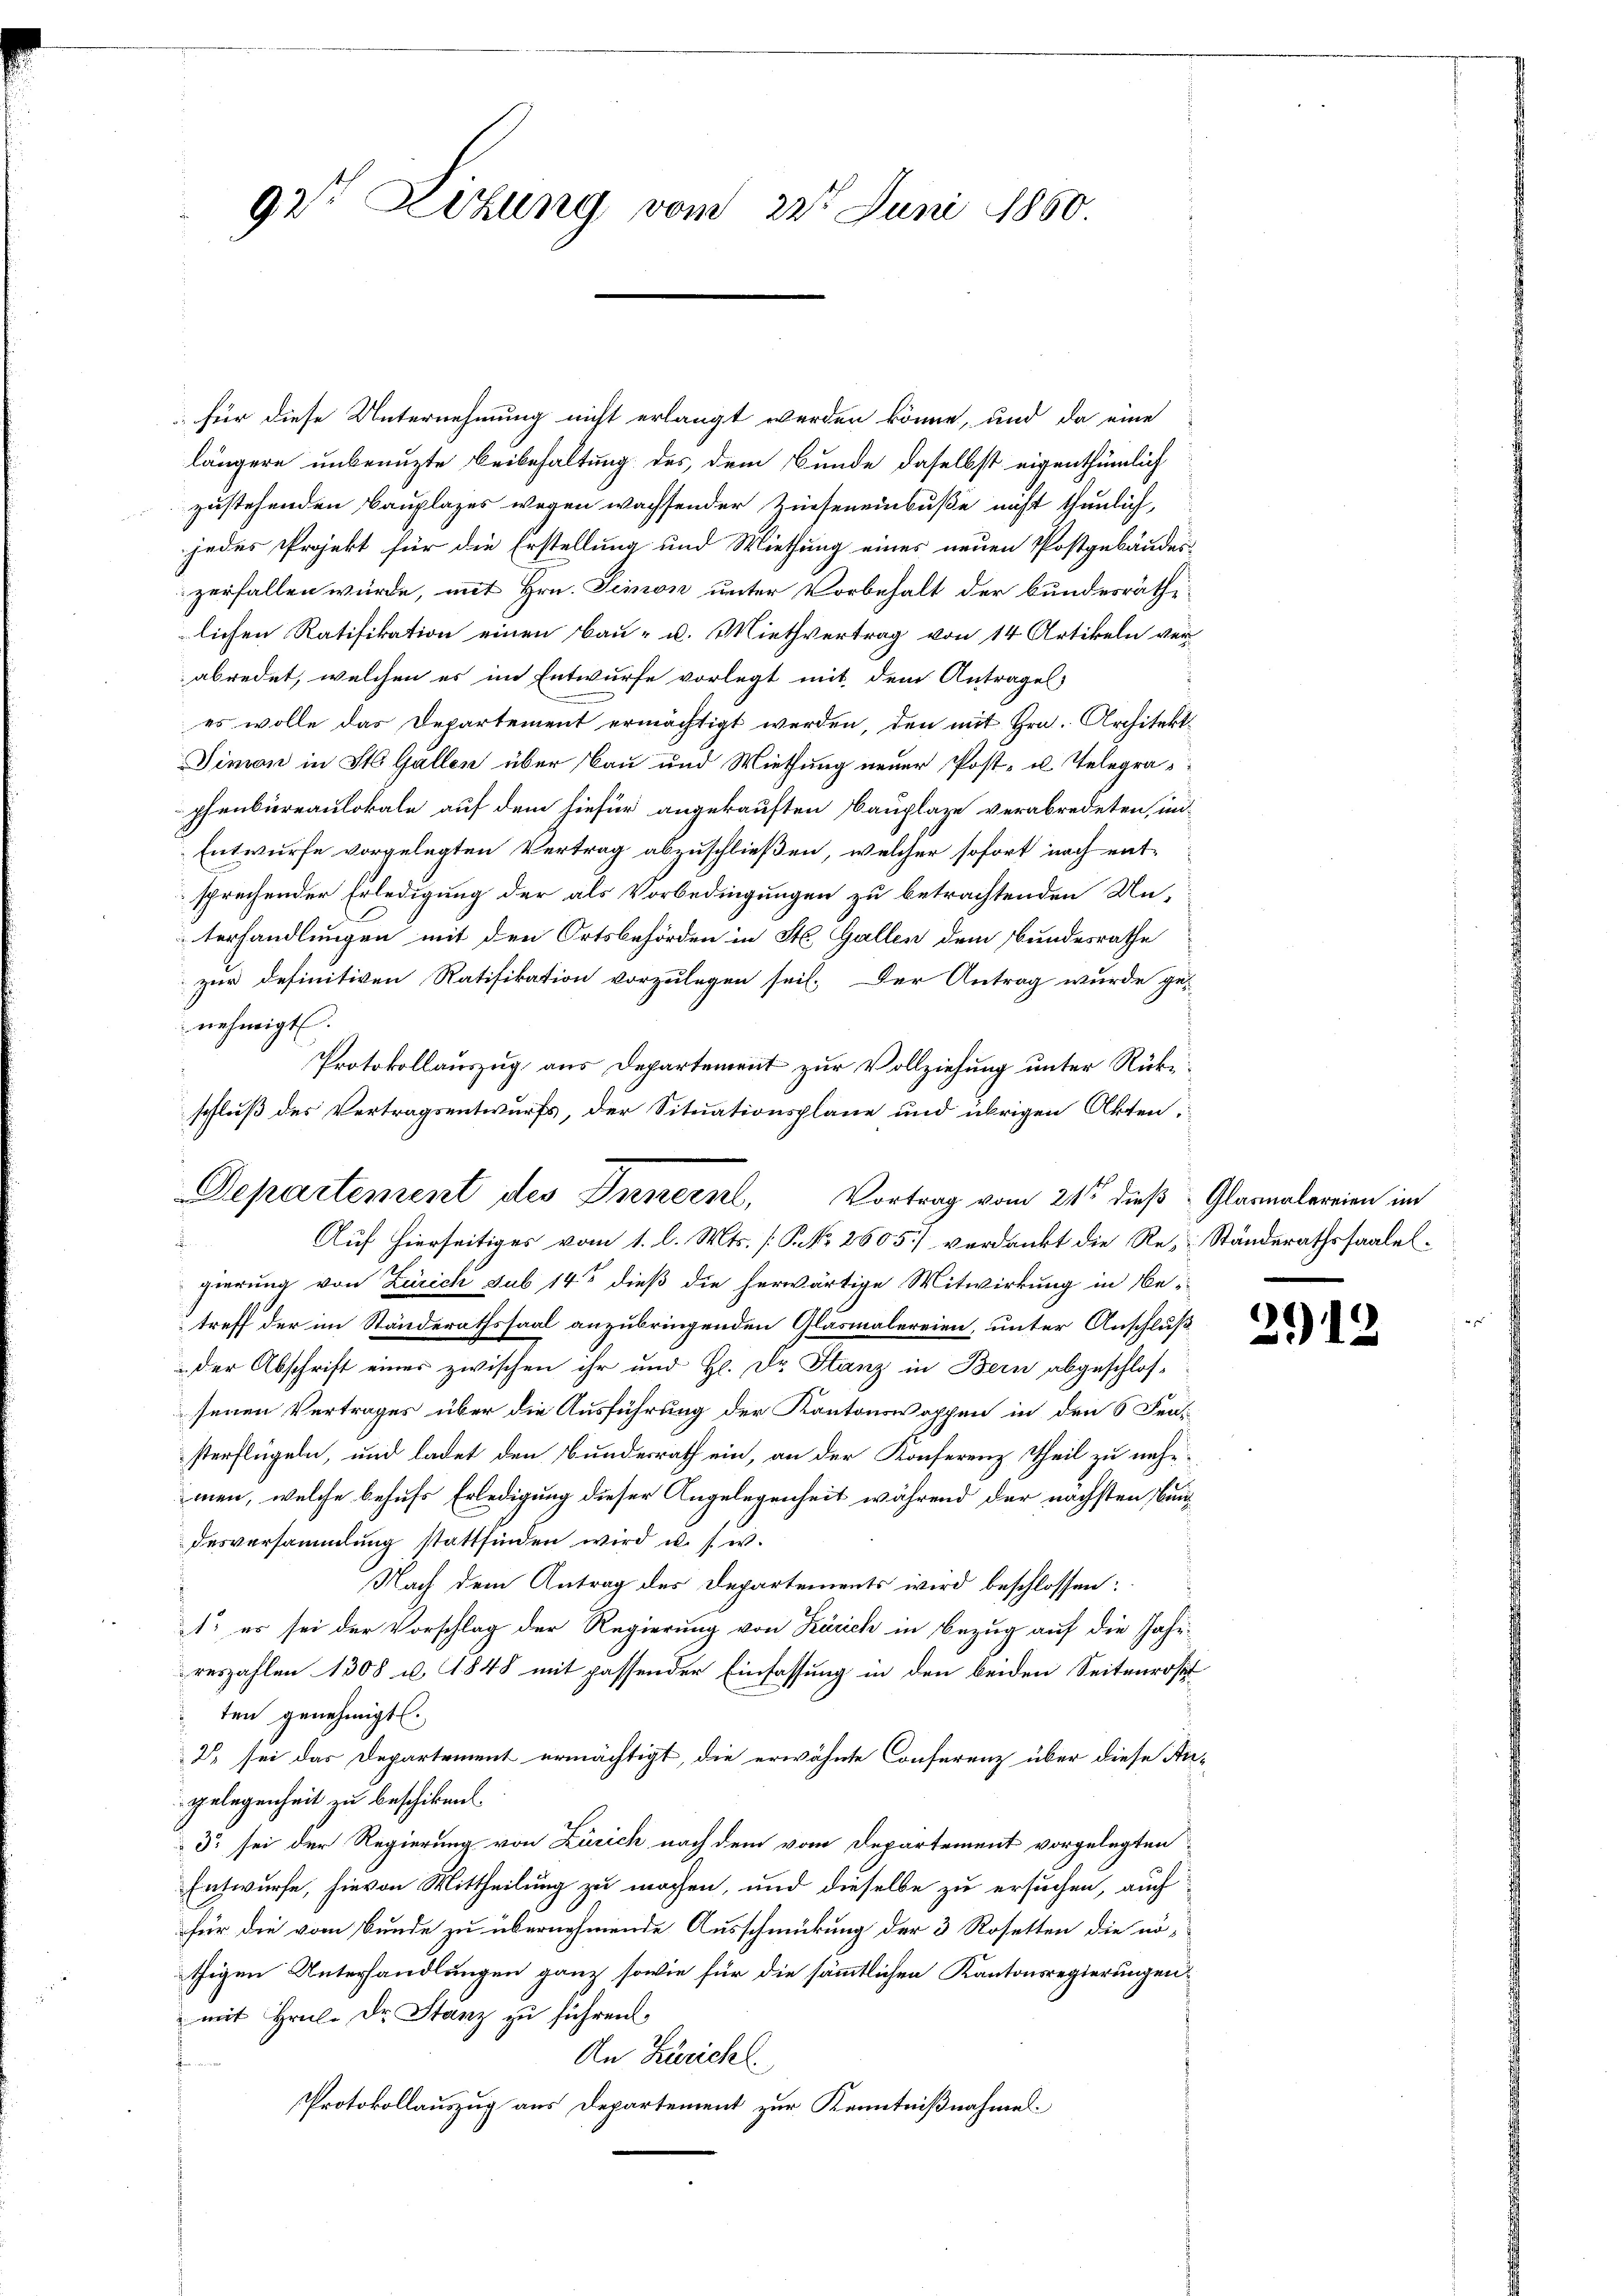
92t Lizung vom 22t Juni 1850.

für diese Unternehmung nicht erlangt werden könne, und da eine
längere unbenuzte Beibehaltung des dem Bunde daselbst eigenthümlich
zustehenden Bauplazes wegen wachsender Zinseneinbuße nicht thunlich,
jedes Projekt für die Erstellung und Miethung eines neuen Postgebäudes
zerfallen würde, mit Hrn. Simon unter Vorbehalt der bundesräthilichen Ratifikation einen Bau- u. Miethvertrag von 14 Artikeln verabredet, welchen es im Entwurfe vorlegt mit dem Antragel
es wolle das Departement ermächtigt werden, den mit Hrn. Architekt¬
Simon in St. Gallen über Bau und Miethung neuer Post- u. Telegraphenbiereaulokale auf dem hiefür angekauften Bauplaze verabredeten, in-
Entwurfe vorgelegten Vertrag abzuschließen, welcher sofort nach ent-
sprechender Erledigung der als Vorbedingungen zu betrachtenden Un-
terhandlungen mit den Ortsbehörden in St. Gallen dem Bundesrathe
zur definitiven Ratifikation vorzulegen sei. Der Antrag wurde ge-
nehmigt.
Protokollauszug aus Departement zur Vollziehung unter Rüke¬
Auf hierseitiges vom 1. l. Mts. [P. Nr. 2605) verdankt die Re-Ständerathssaaleln
gierung von Zürich sub 14 dieß die herwärtige Mitwirkung in Betreff der im Ständerathssaal anzubringenden Gläsmalereien, unter Anschluß
der Abschrift einer zwischen ihr und H. Dr. Stanz in Bern abgeschlos-
senen Vertrages über die Ausführung der Kantonswoppen in den 6 Fensterflügeln, und ladet den Bundesrath ein, an der Konferenz Theil zu nähemen, welche behufs Erledigung dieser Angelegenheit während der nächsten Baudesversammlung stattfinden wird u. s. w.
Nach dem Antrag des Departements wird beschlossen:
1. es sei der Vorschlag der Regierung von Zürich in Bezug auf die Jahr-
reszahlen 1308 u. 1848 mit passender Einfassung in den beiden Seitenrostit
ten genehmigt.
2 sei das Departement ermächtigt, die erwähnte Conferenz über diese An-
gelegenheit zu beschiken.
d. sei der Regierung von Zürich nach dem vom Departement vorgelegten
Entwurfe, hievon Mittheilung zu machen, und dieselbe zu ersuchen, auch
für die vom Bunde zu übernehmende Ausschmückung der 3 Rosetten die nöthigen Unterhandlungen ganz sowie für die sämmtlichen Kantonsregierungen
mit Hrn. Dr. Stanz zu führen.
An Zürichl
Protokollauszug aus Departement zur Kenntnißnahmes

schluß des Vertragsentwurfs, der Situationsplane und übrigen Akten,
Departement des Innern, Vortrag vom 21ste dieß Glarnalereien im

211